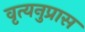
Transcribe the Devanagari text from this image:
वृत्यनुप्रास